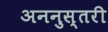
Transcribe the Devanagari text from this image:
अननुस्तरी